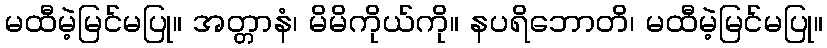
မထီမဲ့မြင်မပြု။ အတ္တာနံ၊ မိမိကိုယ်ကို။ နပရိဘောတိ၊ မထီမဲ့မြင်မပြု။